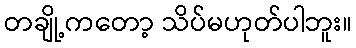
တချို့ကတော့ သိပ်မဟုတ်ပါဘူး။